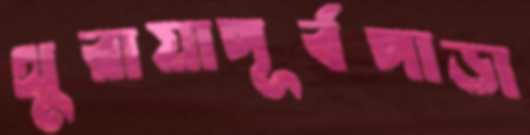
থুরায়াপূর্বপাড়া